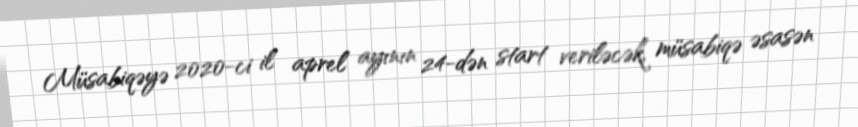
Müsabiqəyə 2020-ci il aprel ayının 24-dən start veriləcək, müsabiqə əsasən